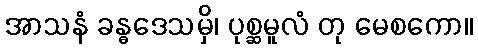
အာသနံ ခန္ဓဒေသမှိ၊ ပုစ္ဆမူလံ တု မေစကော။